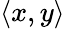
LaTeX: \langle x,y\rangle